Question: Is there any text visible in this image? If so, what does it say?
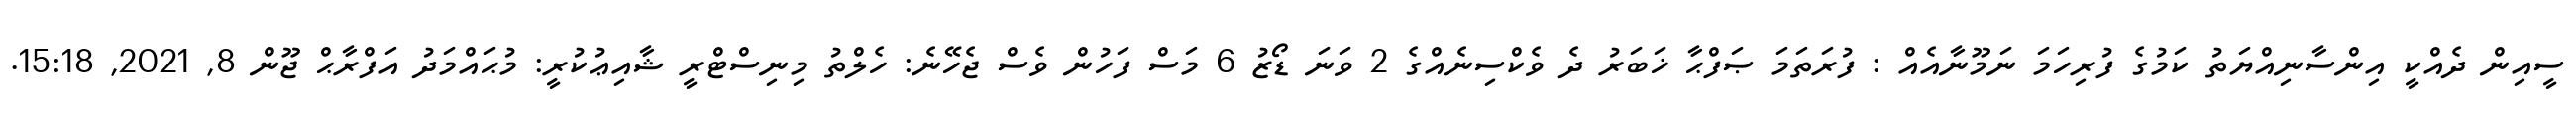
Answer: ސީއިން ދެއްކީ އިންސާނިއްޔަތު ކަމުގެ ފުރިހަމަ ނަމޫނާއެއް : ފުރަތަމަ ޞަފްޙާ ޚަބަރު ދެ ވެކްސިނެއްގެ 2 ވަނަ ޑޯޒު 6 މަސް ފަހުން ވެސް ޖެހޭނެ: ހެލްތު މިނިސްޓްރީ ޝާއިޢުކުރީ: މުޙައްމަދު އަފްރާޙް ޖޫން 8, 2021, 15:18.